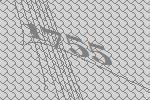
1755